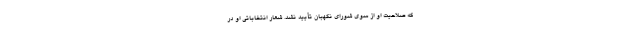
که صلاحیت او از سوی شورای نگهبان تأیید نشد. شعار انتخاباتی او در